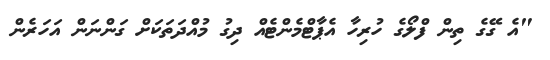
"އެ ގޭގެ ތިން ފްލޯގެ ހުރިހާ އެޕާޓްމެންޓެއް ދިގު މުއްދަތަކަށް ގަންނަން އަހަރެން